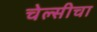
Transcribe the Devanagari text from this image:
चेल्सीचा